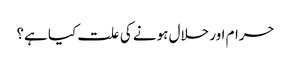
حرام اور حلال ہونے کی علت کیا ہے؟